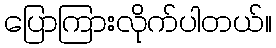
ပြောကြားလိုက်ပါတယ်။